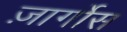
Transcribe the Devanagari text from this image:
ज़ार्गोस